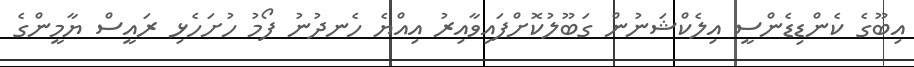
އިބޫގެ ކެންޑިޑެންސީ އިލެކްޝަނުން ގަބޫލުކޮށްފައިވާއިރު އިއްޔެ ހެނދުނު ފޯމު ހުށަހެޅި ރައީސް ޔާމީންގެ